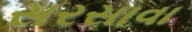
સરસાવા